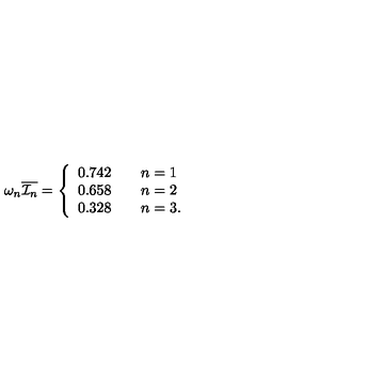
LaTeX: \omega _ { n } \overline { { { \cal I } _ { n } } } = \left\{ \begin{array} { l c } { 0 . 7 4 2 \qquad n = 1 } \\ { 0 . 6 5 8 \qquad n = 2 } \\ { 0 . 3 2 8 \qquad n = 3 . } \\ \end{array} \right.